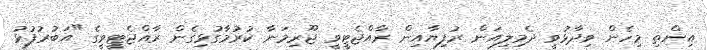
އިންތި މިހެން ވިދާޅުވީ ދެމިލިއަން ރުފިޔާއިން ރާއްޖެޓީވީ ޖޫރިމަނާ ކުރުމާގުޅިގެން ރާއްޖެޓީވީގެ "އަބުރުފުޅު